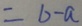
= b - a